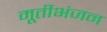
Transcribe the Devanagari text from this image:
मूर्तीभंजन